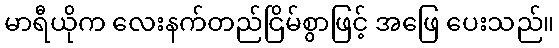
မာရီယိုက လေးနက်တည်ငြိမ်စွာဖြင့် အဖြေ ပေးသည်။